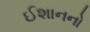
ઈશાનનો